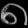
Digit: ၈